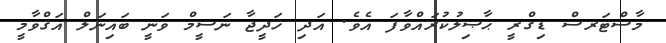
މާސްޓަރސް ޑިގްރީ ޙާޞިލުކުރައްވާފަ އެވެ. އަދި ޚަދީޖާ ނަސީމް ވަނީ ބައިނަލް އަޤްވާމީ